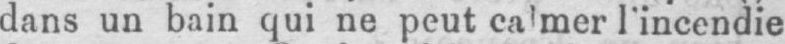
l’incendie